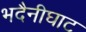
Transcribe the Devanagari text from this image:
भदैनीघाट